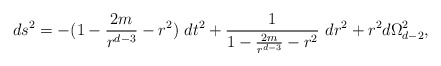
\begin{align*}ds^2=-(1-\frac{2m}{r^{d-3}}-r^2)\ dt^2 +\frac{1}{1-\frac{2m}{r^{d-3}}-r^2}\ dr^2+r^2 d\Omega_{d-2}^2,\end{align*}